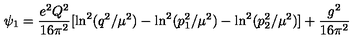
\psi _ { 1 } = \frac { e ^ { 2 } Q ^ { 2 } } { 1 6 \pi ^ { 2 } } [ \ln ^ { 2 } ( q ^ { 2 } / \mu ^ { 2 } ) - \ln ^ { 2 } ( p _ { 1 } ^ { 2 } / \mu ^ { 2 } ) - \ln ^ { 2 } ( p _ { 2 } ^ { 2 } / \mu ^ { 2 } ) ] + \frac { g ^ { 2 } } { 1 6 \pi ^ { 2 } }